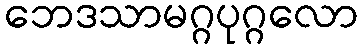
ဘေဒသာမဂ္ဂပုဂ္ဂလော